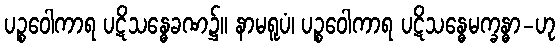
ပဉ္စဝေါကာရ ပဋိသန္ဓေခဏ၌။ နာမရူပံ၊ ပဉ္စဝေါကာရ ပဋိသန္ဓေမက္ခန္ဓာ-ဟု